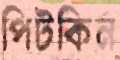
পিটকিন